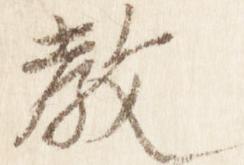
教